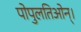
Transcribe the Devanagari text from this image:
पोपुलतिओन्।